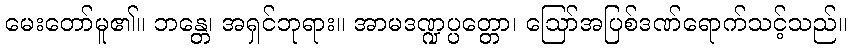
မေးတော်မူ၏။ ဘန္တေ၊ အရှင်ဘုရား။ အာမဒဏ္ဍပ္ပတ္တော၊ ဩော်အပြစ်ဒဏ်ရောက်သင့်သည်။